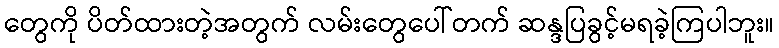
တွေကို ပိတ်ထားတဲ့အတွက် လမ်းတွေပေါ်တက် ဆန္ဒပြခွင့်မရခဲ့ကြပါဘူး။